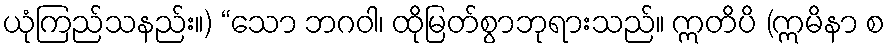
ယုံကြည်သနည်း။) “သော ဘဂဝါ၊ ထိုမြတ်စွာဘုရားသည်။ ဣတိပိ (ဣမိနာ စ